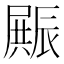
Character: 𮝿